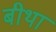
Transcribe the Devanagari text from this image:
बीथा